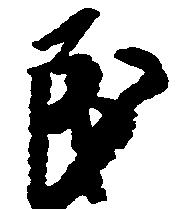
民